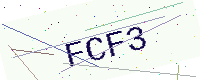
Text: FCF3